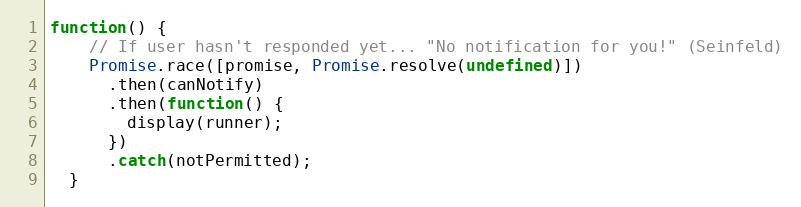
Language: JavaScript
function() {
    // If user hasn't responded yet... "No notification for you!" (Seinfeld)
    Promise.race([promise, Promise.resolve(undefined)])
      .then(canNotify)
      .then(function() {
        display(runner);
      })
      .catch(notPermitted);
  }